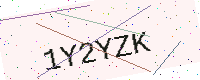
Text: 1Y2YZK